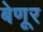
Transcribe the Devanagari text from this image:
बेणूर